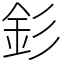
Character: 釤